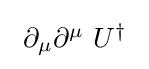
\textstyle \ \partial _{\mu }\partial ^{\mu }\ U^{\dagger }\